Annual report of the Imperial Bacteriologist
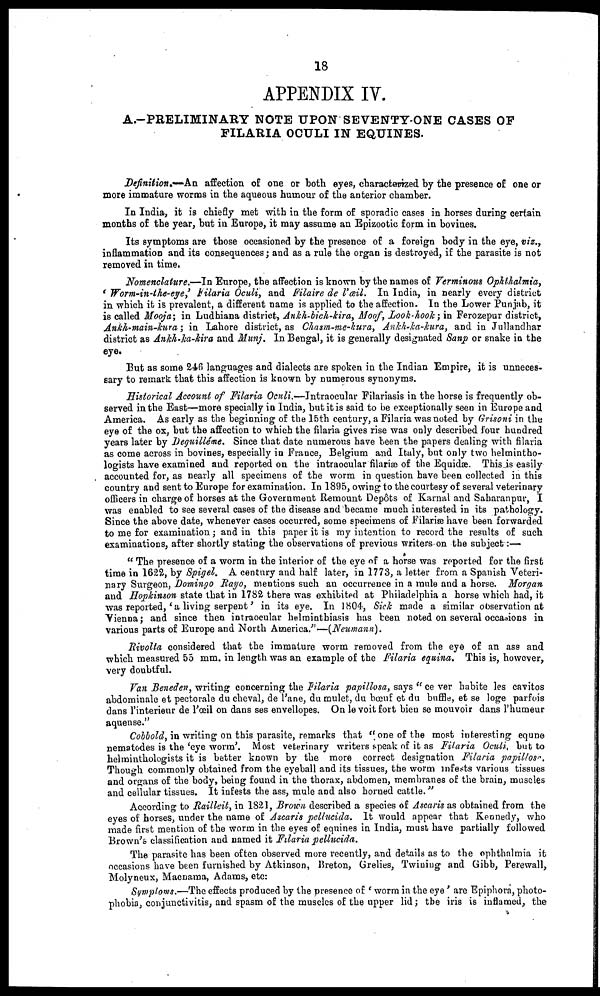
18
APPENDIX IV.
A.-PRELIMINARY NOTE UPON SEVENTY-ONE CASES OF
FILARIA OCULI IN EQUINES.
Definition.—An affection of one or both eyes, characterized by the presence of one or
more immature worms in the aqueous humour of the anterior chamber.
In India, it is chiefly met with in the form of sporadic cases in horses during certain
months of the year, but in Europe, it may assume an Epizootic form in bovines.
Its symptoms are those occasioned by the presence of a foreign body in the eye, viz.,
inflammation and its consequences; and as a rule the organ is destroyed, if the parasite is not
removed in time.
Nomenclature.—In Europe, the affection is known by the names of Verminous Ophthalmia,
' Worm-in-the-eye,' Filaria Oculi, and Filaire de l'æil. In India, in nearly every district
in which it is prevalent, a different name is applied to the affection. In the Lower Punjab, it
is called Mooja ; in Ludhiana district, Ankh-bich-kira, Moof, Look-hook; in Ferozepur district,
Ankh-main-kura; in Lahore district, as Chasm-me-kura, Ankh-ka-kura, and in Jullandhar
district as Ankh-ka-kira and Munj. In Bengal, it is generally designated Sanp or snake in the
eye.
But as some 246 languages and dialects are spoken in the Indian Empire, it is unneces-
sary to remark that this affection is known by numerous synonyms.
Historical Account of Filaria Oculi.—Intraocular Filariasis in the horse is frequently ob-
served in the East—more specially in India, but it is said to be exceptionally seen in Europe and
America. As early as the beginning of the 15th century, a Filaria was noted by Grisoni in the
eye of the ox, but the affection to which the filaria gives rise was only described four hundred
years later by Deguilléme. Since that date numerous have been the papers dealing with filaria
as come across in bovines, especially in France, Belgium and Italy, but only two helmintho-
logists have examined and reported on the intraocular filariæ of the Equidæ. This is easily
accounted for, as nearly all specimens of the worm in question have been collected in this
country and sent to Europe for examination. In 1895, owing to the courtesy of several veterinary
officers in charge of horses at the Government Remount Depôts of Karnal and Saharanpur, I
was enabled to see several cases of the disease and became much interested in its pathology.
Since the above date, whenever cases occurred, some specimens of Filariæ have been forwarded
to me for examination; and in this paper it is my intention to record the results of such
examinations, after shortly stating the observations of previous writers on the subject:—
" The presence of a worm in the interior of the eye of a horse was reported for the first
time in 1622, by Spigel. A century and half later, in 1773, a letter from a Spanish Veteri-
nary Surgeon, Domingo Rayo, mentions such an occurrence in a mule and a horse. Morgan
and Hopkinson state that in 1782 there was exhibited at Philadelphia a horse which had, it
was reported,' a living serpent' in its eye. In 1804, Sick made a similar observation at
Vienna; and since then intraocular helminthiasis has been noted on several occasions in
various parts of Europe and North America."—(Neumann).
Rivolta considered that the immature worm removed from the eye of an ass and
which measured 55 mm. in length was an example of the Filaria equina. This is, however,
very doubtful.
Van Beneden, writing concerning the Filaria papillosa, says " ce ver habite les cavitos
abdominale et pectorale du cheval, de l'ane, du mulet, du bœuf et du buffle, et se loge parfois
dans l'interieur de l'œil on dans ses envellopes. On le voit fort bien se mouvoir dans l'humeur
aquense."
Cobbold, in writing on this parasite, remarks that "one of the most interesting equne
nematodes is the 'eye worm'. Most veterinary writers speak of it as Filaria Oculi, but to
helminthologists it is better known by the more correct designation Filaria papillosa.
Though commonly obtained from the eyeball and its tissues, the worm infests various tissues
and organs of the body, being found in the thorax, abdomen, membranes of the brain, muscles
and cellular tissues. It infests the ass, mule and also horned cattle."
According to Railleit, in 1821, Brown, described a species of Ascaris as obtained from the
eyes of horses, under the name of Ascaris pellucida. It would appear that Kennedy, who
made first mention of the worm in the eyes of equines in India, must have partially followed
Brown's classification and named it Filaria pellucida.
The parasite has been often observed more recently, and details as to the ophthalmia it
occasions have been furnished by Atkinson, Breton, Grelies, Twining and Gibb, Perewall,
Molyneux, Macnama, Adams, etc:
Symptoms.—The effects produced by the presence of ' worm in the eye' are Epiphora, photo-
phobia, conjunctivitis, and spasm of the muscles of the upper lid; the iris is inflamed, the